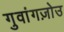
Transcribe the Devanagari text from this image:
गुवांगज़ोउ